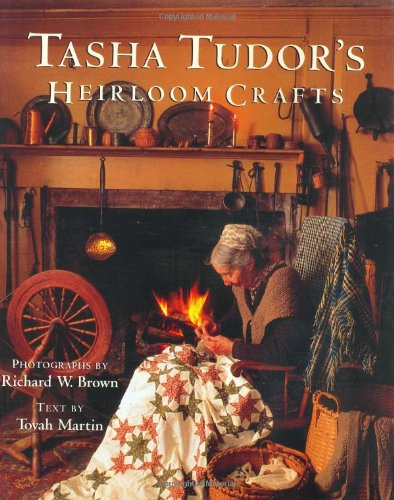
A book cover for Tasha Tudor's Heirloom Crafts; Tovah Martin; Crafts, Hobbies & Home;